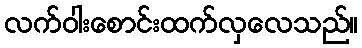
လက်ဝါးစောင်းထက်လှလေသည်။